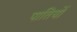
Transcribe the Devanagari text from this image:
पातियों